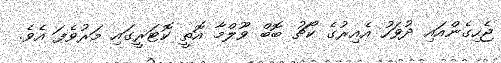
ޖެހިގެންއައި ދުވަހު އެއިރުގެ ކޯޗު ބޮބް ވޫލްމާ އޮތީ ކޮޓަރީގައި މަރުވެފަ އެވެ.